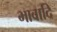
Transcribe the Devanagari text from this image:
भावादि